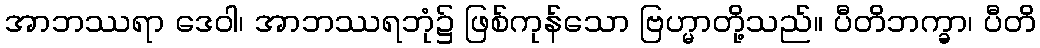
အာဘဿရာ ဒေဝါ၊ အာဘဿရဘုံ၌ ဖြစ်ကုန်သော ဗြဟ္မာတို့သည်။ ပီတိဘက္ခာ၊ ပီတိ